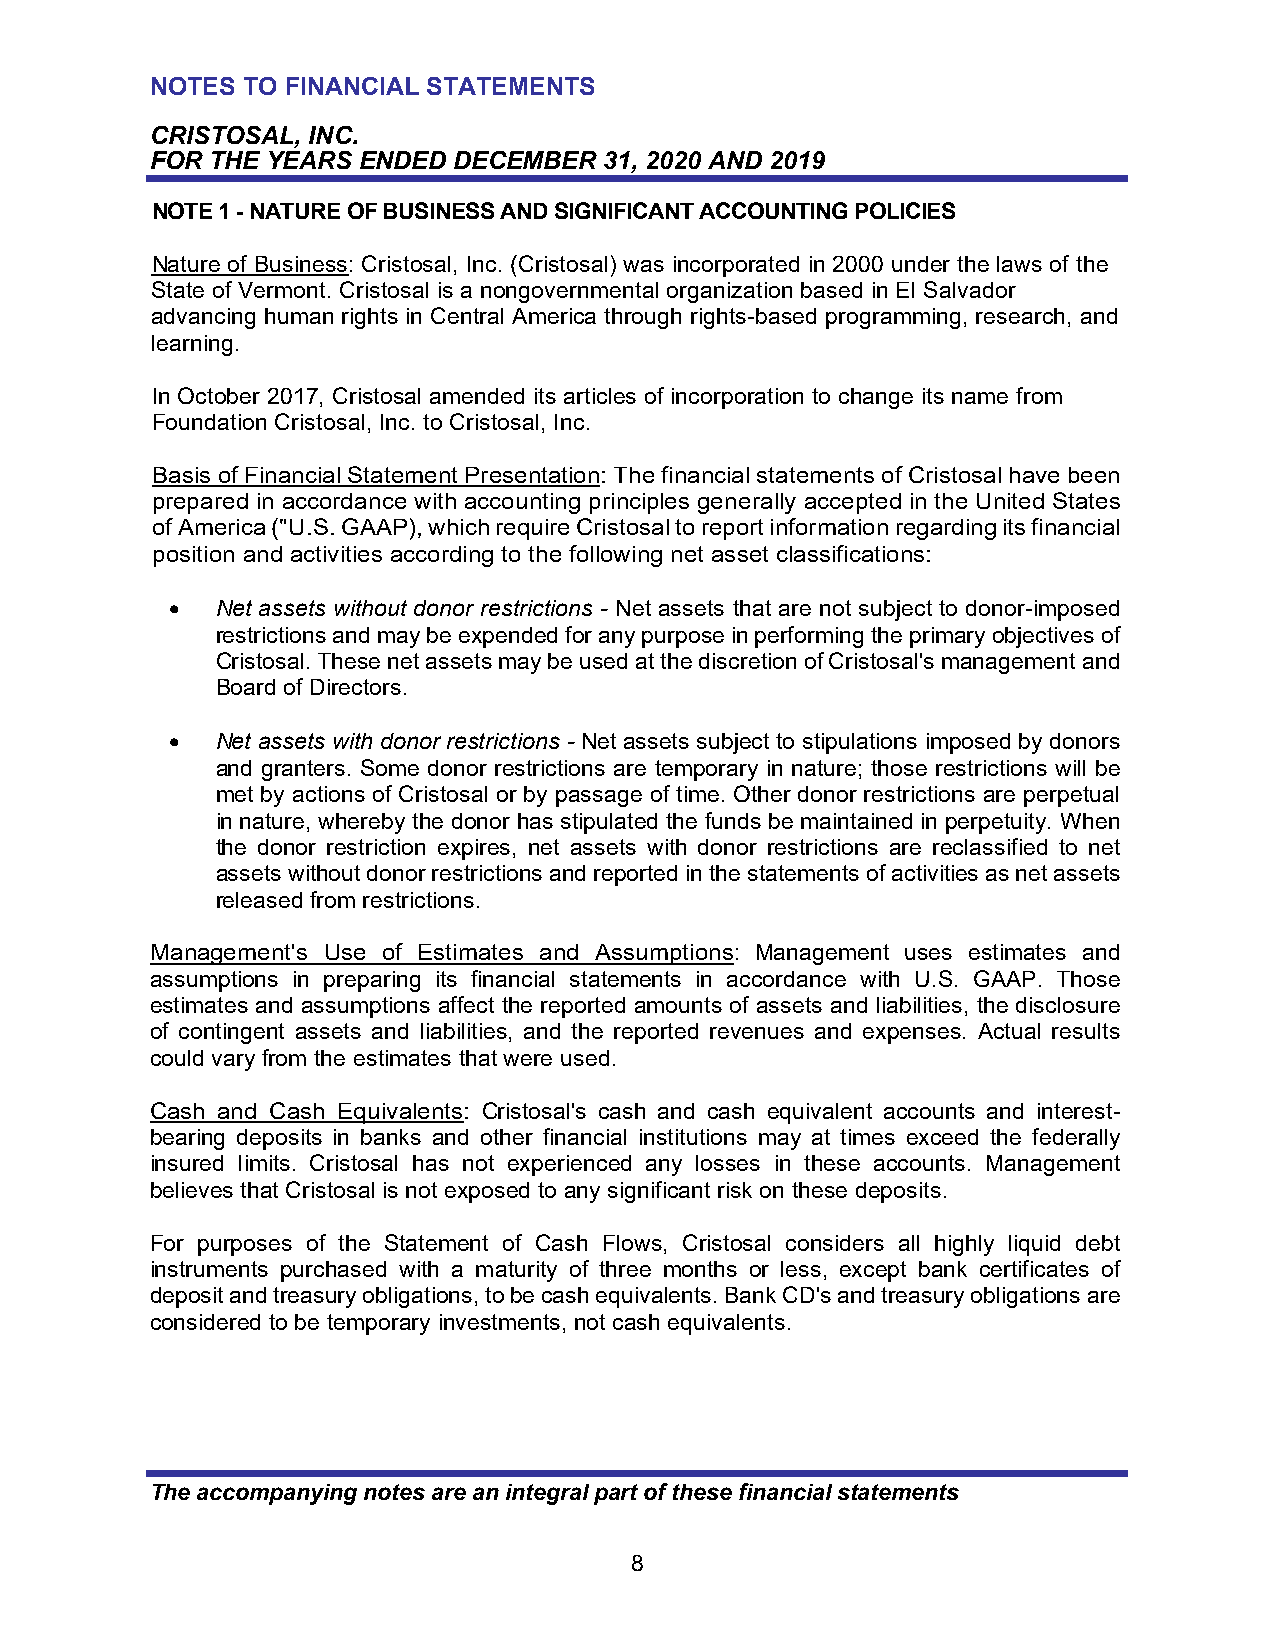
NOTES TO FINANCIAL STATEMENTS
 CRISTOSAL, INC.
 FOR THE YEARS ENDED DECEMBER  31, 2020 AND 2019
 NOTE 1 - NATURE OF BUSINESS AND SIGNIFICANT ACCOUNTING POLICIES
 Nature of Business: Cristosal, Inc. (Cristosal) was incorporated in 2000 under the laws of the
 State of Vermont. Cristosal is a nongovernmental organization based in El Salvador
 advancing human rights in Central America through rights-based programming, research, and
 learning.
 In October 2017, Cristosal amended its articles of incorporation to change its name from
 Foundation Cristosal, Inc. to Cristosal, Inc.
 Basis of Financial Statement Presentation: The financial statements of Cristosal have been
 prepared in accordance with accounting principles generally accepted in the United States
 of America ("U.S. GAAP), which require Cristosal to report information regarding its financial
 position and activities according to the following net asset classifications:
   Net assets without donor restrictions - Net assets that are not subject to donor-imposed
 restrictions and may be expended for any purpose in performing the primary objectives of
 Cristosal. These net assets may be used at the discretion of Cristosal's management and
 Board of Directors.
   Net assets with donor restrictions - Net assets subject to stipulations imposed by donors
 and granters. Some donor restrictions are temporary in nature; those restrictions will be
 met by actions of Cristosal or by passage of time. Other donor restrictions are perpetual
 in nature, whereby the donor has stipulated the funds be maintained in perpetuity. When
 the donor restriction expires, net assets with donor restrictions are reclassified to net
 assets without donor restrictions and reported in the statements of activities as net assets
 released from restrictions.
 Management's Use of Estimates and Assumptions: Management uses estimates and
 assumptions in preparing its financial statements in accordance with U.S. GAAP. Those
 estimates and assumptions affect the reported amounts of assets and liabilities, the disclosure
 of contingent assets and liabilities, and the reported revenues and expenses. Actual results
 could vary from the estimates that were used.
 Cash and Cash Equivalents: Cristosal's cash and cash equivalent accounts and interest-
 bearing deposits in banks and other financial institutions may at times exceed the federally
 insured limits. Cristosal has not experienced any losses in these accounts. Management
 believes that Cristosal is not exposed to any significant risk on these deposits.
 For purposes of the Statement of Cash Flows, Cristosal considers all highly liquid debt
 instruments purchased with a maturity of three months or less, except bank certificates of
 deposit and treasury obligations, to be cash equivalents. Bank CD's and treasury obligations are
 considered to be temporary investments, not cash equivalents.
 The accompanying notes are an integral part of these financial statements
 8